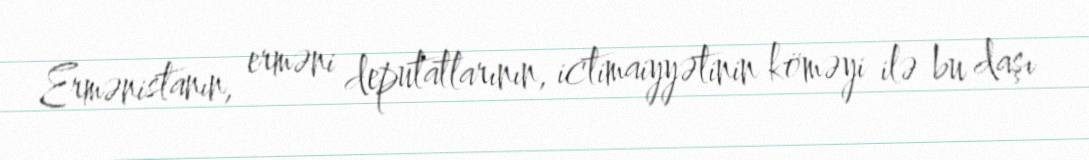
Ermənistanın, erməni deputatlarının, ictimaiyyətinin köməyi ilə bu daşı